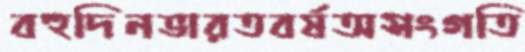
বহুদিনভারতবর্ষঅসংগতি